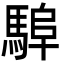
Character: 𩣸